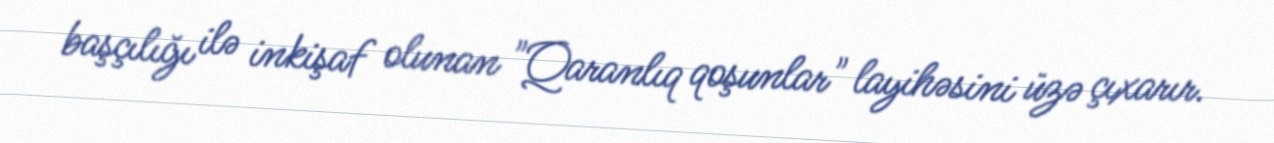
başçılığı ilə inkişaf olunan "Qaranlıq qoşunlar" layihəsini üzə çıxarır.